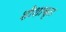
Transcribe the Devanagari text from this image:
शीशाकृत